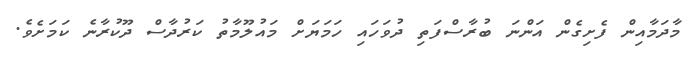
މާދަމާއިން ފެށިގެން އަންނަ ބުރާސްފަތި ދުވަހައި ހަމަޔަށް މައުލޫމާތު ކަރުދާސް ދޫކުރާނެ ކަމަށެވެ.